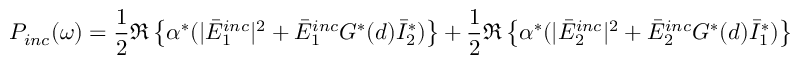
P _ { i n c } ( \omega ) = \frac { 1 } { 2 } \Re \left\{ \alpha ^ { * } ( | \bar { E } _ { 1 } ^ { i n c } | ^ { 2 } + \bar { E } _ { 1 } ^ { i n c } G ^ { * } ( d ) \bar { I } _ { 2 } ^ { * } ) \right\} + \frac { 1 } { 2 } \Re \left\{ \alpha ^ { * } ( | \bar { E } _ { 2 } ^ { i n c } | ^ { 2 } + \bar { E } _ { 2 } ^ { i n c } G ^ { * } ( d ) \bar { I } _ { 1 } ^ { * } ) \right\}